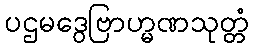
ပဌမဒွေဗြာဟ္မဏသုတ္တံ